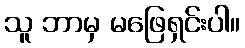
သူ ဘာမှ မဖြေရှင်းပါ။